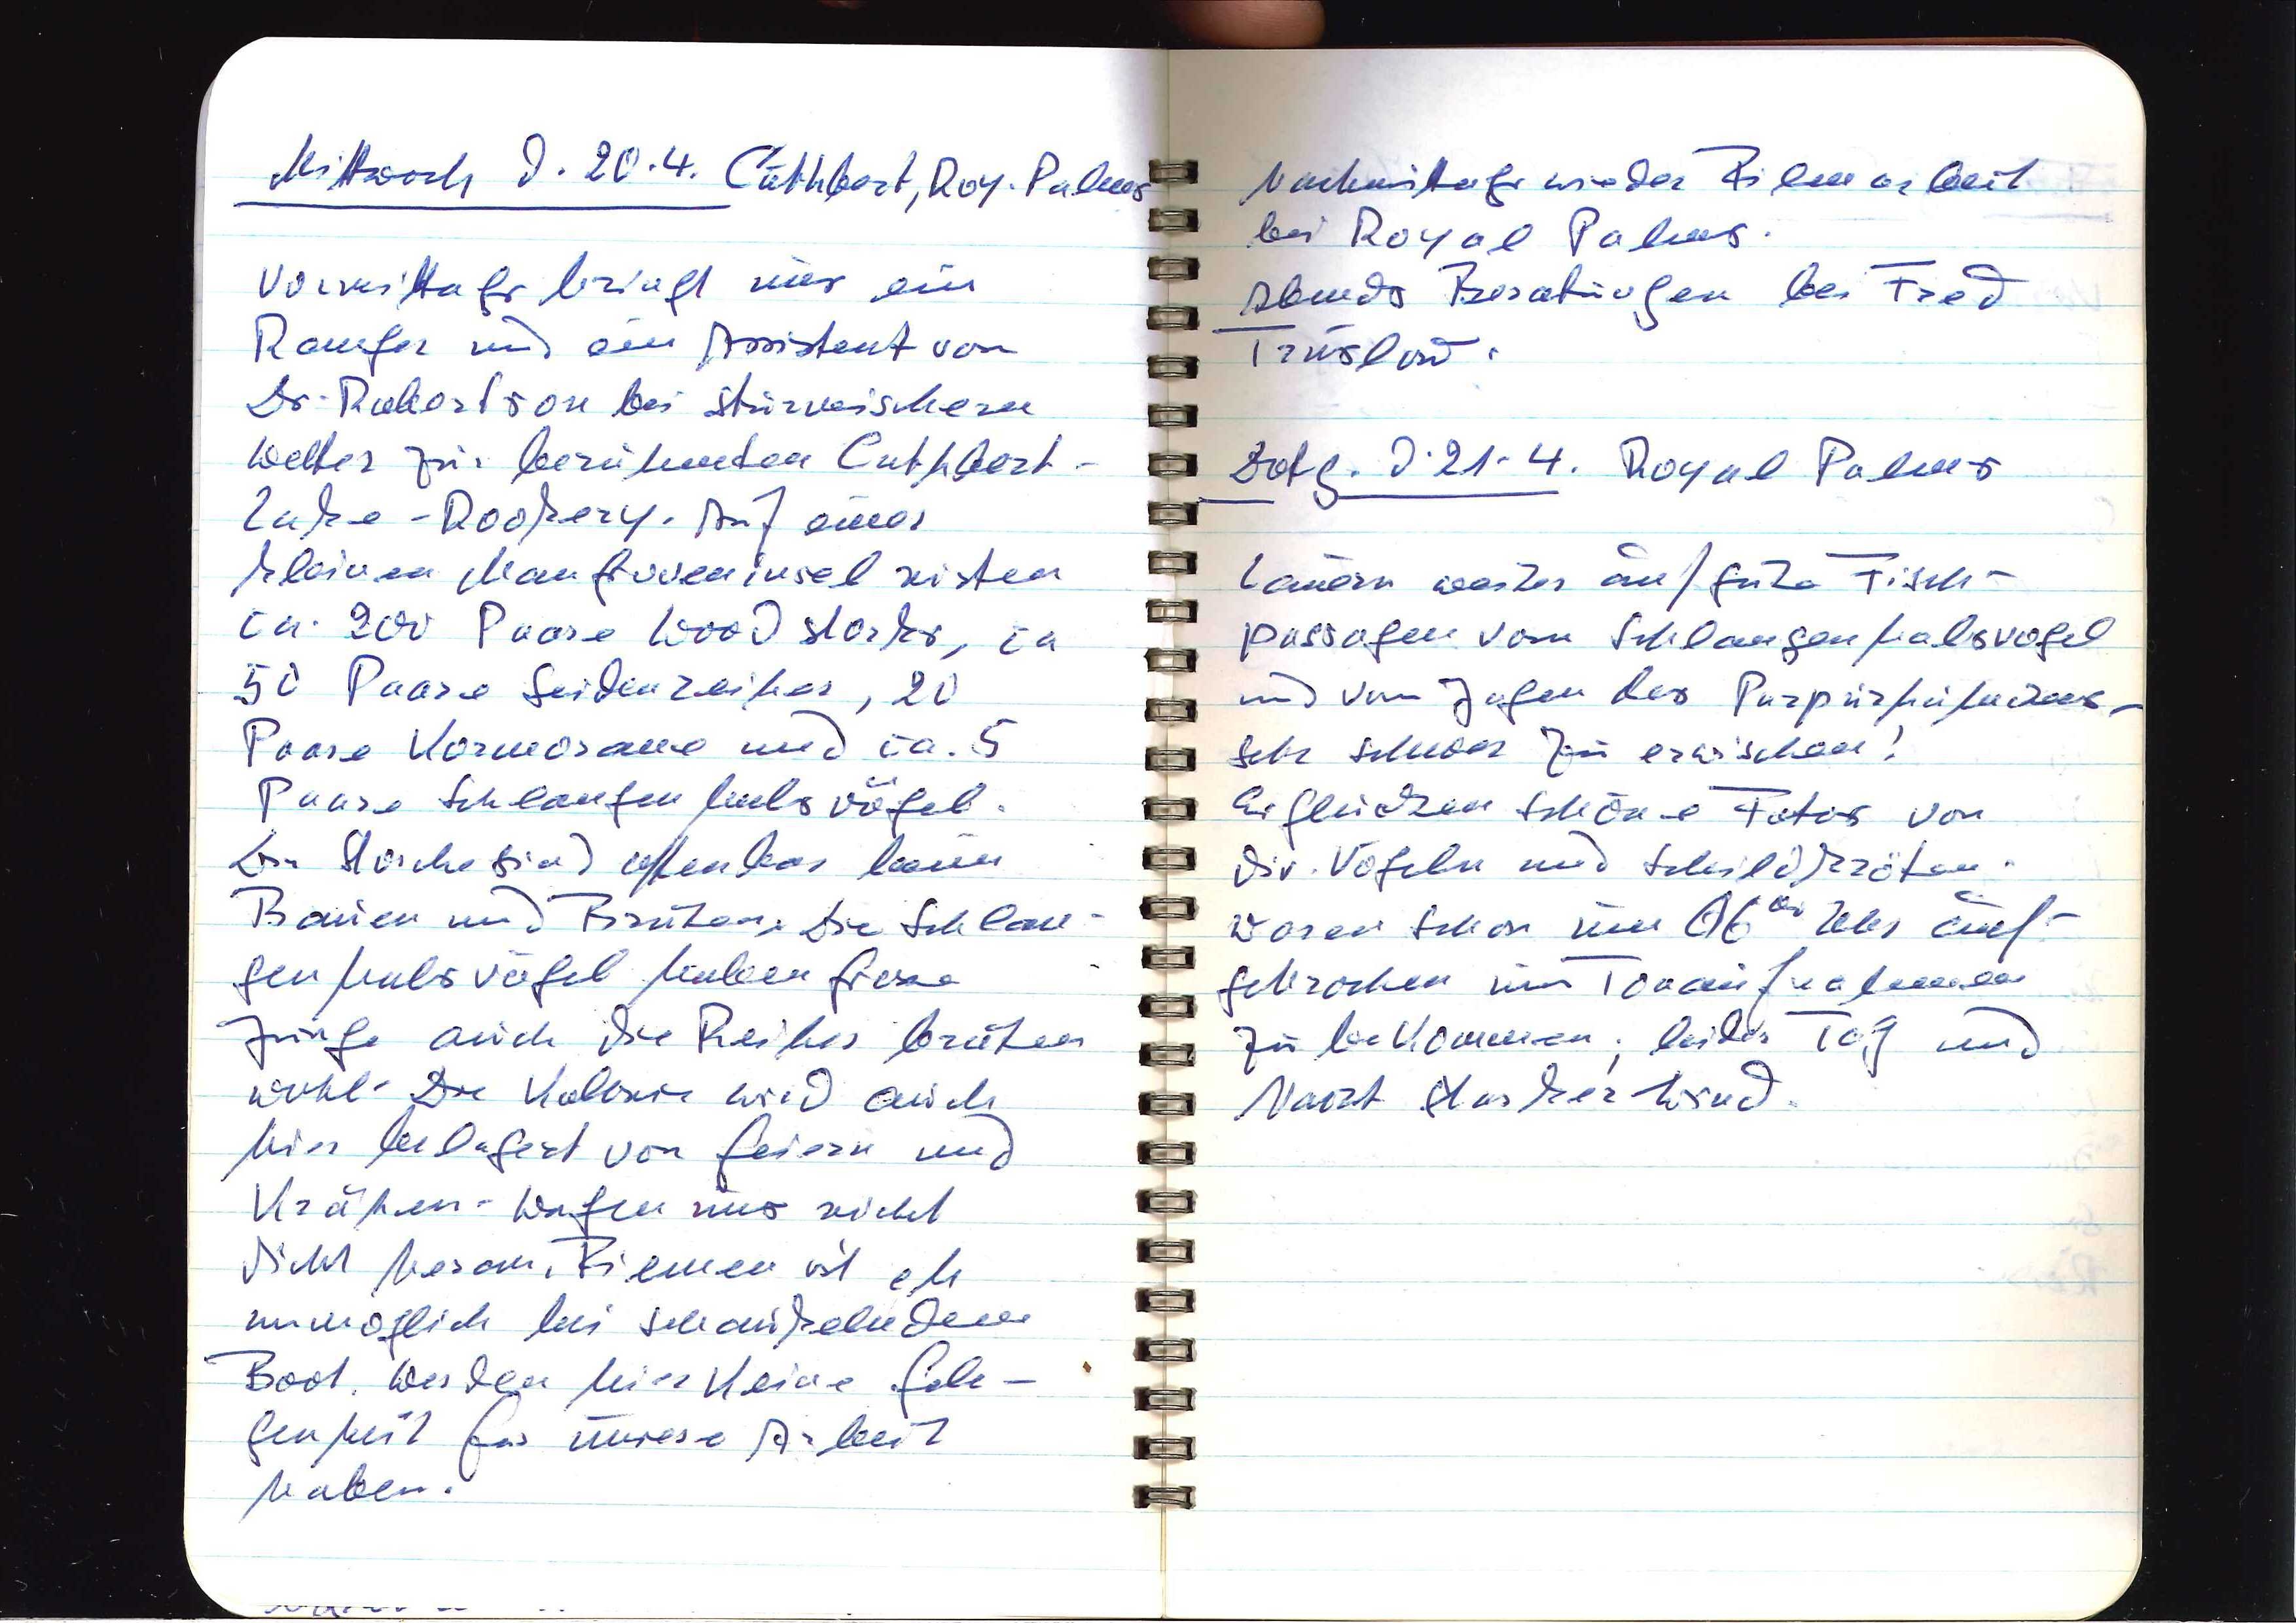
Mittwoch d. 20.4. Cuthbert, Roy. Palms
Vormittags bringt uns ein
Ranger und ein Assistent von
Dr. Robertson bei stürmischem
Wetter zur berühmten Cuthbert-
Lake-Rookery. Auf einer
kleinen Mangroveninsel nisten
ca. 200 Paare Woodstorks, ca
50 Paare Seidenreiher, 20
Paare Kormorane und ca. 5
Paare Schlangenhalsvögel.
Die Storche sind offenbar beim
Bauen und Brüten. Die Schlan¬
genhalsvögel haben grosse
Junge, auch die Reiher brüten
wohl. Die Kulisse wird auch
hier belagert von Geiern und
Krähen. Wagen uns nicht
dicht heran. Filmen ist eh
unmöglich bei schaukelndem
Boot. Werden hier keine Gele¬
genheit für unsere Arbeit
haben.

Nachmittags wieder Filmarbeit
bei Royal Palms.
Abends Beratungen bei Fred
Truslow.
Dotg. d. 21.4. Royal Palms
Lauern weiter auf gute Fisch¬
passagen vom Schlangenhalsvogel
und von Jungen des Purpurhähnchens —
sehr schwer zu erwischen!
Es glücken schöne Fotos von
div. Vögeln und Schildkröten.
Waren schon um 0600 Uhr auf¬
gebrochen um Tonaufnahmen
zu bekommen; leider Tag und
Nacht starker Wind.